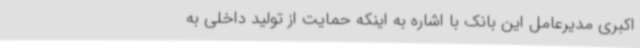
اکبری مدیرعامل این بانک با اشاره به اینکه حمایت از تولید داخلی به